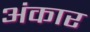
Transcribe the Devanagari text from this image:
अंकार